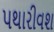
પથારીવશ